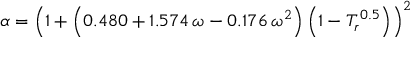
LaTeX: \alpha = \left( 1 + \left( 0 . 4 8 0 + 1 . 5 7 4 \, \omega - 0 . 1 7 6 \, \omega ^ { 2 } \right) \left( 1 - T _ { r } ^ { \, 0 . 5 } \right) \right) ^ { 2 }